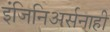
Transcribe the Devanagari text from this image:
इंजिनिअर्सनाही